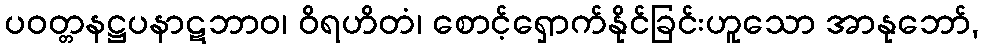
ပဝတ္တနဋ္ဌပနာဋဘာဝ၊ ဝိရဟိတံ၊ စောင့်ရှောက်နိုင်ခြင်းဟူသော အာနုဘော်,